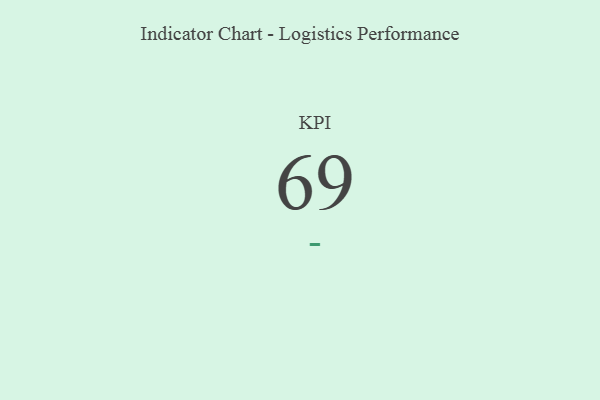
{"axis": {"x": "KPI", "y": "Value"}, "legend": [""], "data": [{"x": "KPI", "y": 69, "type": ""}]}